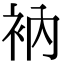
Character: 衲